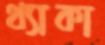
থ্যাকা